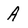
Character: A